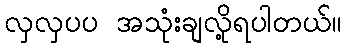
လှလှပပ အသုံးချလို့ရပါတယ်။